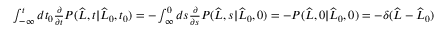
\begin{array} { r } { \int _ { - \infty } ^ { t } d t _ { 0 } \frac { \partial } { \partial t } P ( \widehat { L } , t | \widehat { L } _ { 0 } , t _ { 0 } ) = - \int _ { \infty } ^ { 0 } d s \frac { \partial } { \partial s } P ( \widehat { L } , s | \widehat { L } _ { 0 } , 0 ) = - P ( \widehat { L } , 0 | \widehat { L } _ { 0 } , 0 ) = - \delta ( \widehat { L } - \widehat { L } _ { 0 } ) } \end{array}